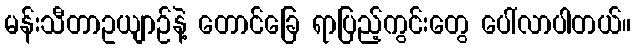
မန်းသီတာဥယျာဉ်နဲ့ တောင်ခြေ ရာပြည့်ကွင်းတွေ ပေါ်လာပါတယ်။